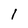
Character: 1